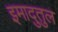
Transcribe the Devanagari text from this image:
इमादुतुल